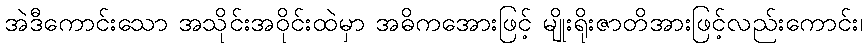
အဲဒီကောင်းသော အသိုင်းအဝိုင်းထဲမှာ အဓိကအေားဖြင့် မျိုးရိုးဇာတိအားဖြင့်လည်းကောင်း၊